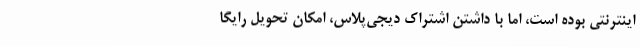
اینترنتی بوده است، اما با داشتن اشتراک دیجی‌پلاس، امکان تحویل رایگا